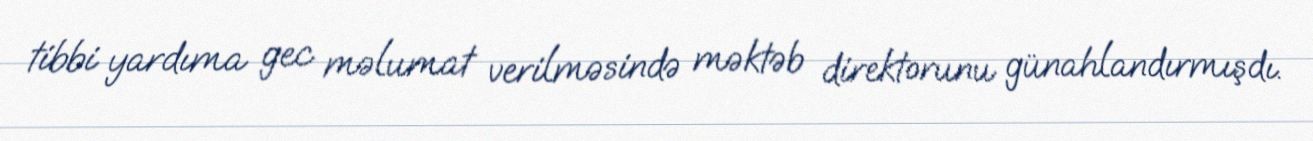
tibbi yardıma gec məlumat verilməsində məktəb direktorunu günahlandırmışdı.